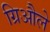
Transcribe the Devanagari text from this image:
ग्रिऔले